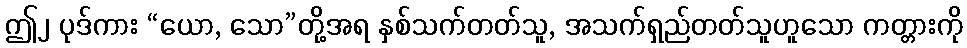
ဤ၂ ပုဒ်ကား “ယော, သော”တို့အရ နှစ်သက်တတ်သူ, အသက်ရှည်တတ်သူဟူသော ကတ္တားကို